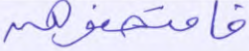
فامتحنوهن